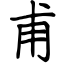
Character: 甫